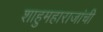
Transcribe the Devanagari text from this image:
शाहुमहाराजांची